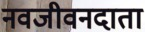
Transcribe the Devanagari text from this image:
नवजीवनदाता